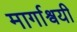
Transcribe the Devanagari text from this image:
मार्गाश्वयी